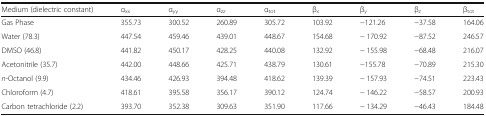
| Medium (dielectric constant) | αxx | αyy | αzz | αtot | βx | βy | βz | βtot |
 | --- | --- | --- | --- | --- | --- | --- | --- | --- |
 | Gas Phase | 355.73 | 300.52 | 260.89 | 305.72 | 103.92 | −121.26 | −37.58 | 164.06 |
 | Water (78.3) | 447.54 | 459.46 | 439.01 | 448.67 | 154.68 | − 170.92 | −87.52 | 246.57 |
 | DMSO (46.8) | 441.82 | 450.17 | 428.25 | 440.08 | 132.92 | − 155.98 | −68.48 | 216.07 |
 | Acetonitrile (35.7) | 442.00 | 448.66 | 425.71 | 438.79 | 130.61 | −155.78 | −70.89 | 215.30 |
 | n-Octanol (9.9) | 434.46 | 426.93 | 394.48 | 418.62 | 139.39 | − 157.93 | −74.51 | 223.43 |
 | Chloroform (4.7) | 418.61 | 395.58 | 356.17 | 390.12 | 124.74 | − 146.22 | −58.57 | 200.93 |
 | Carbon tetrachloride (2.2) | 393.70 | 352.38 | 309.63 | 351.90 | 117.66 | − 134.29 | −46.43 | 184.48 |